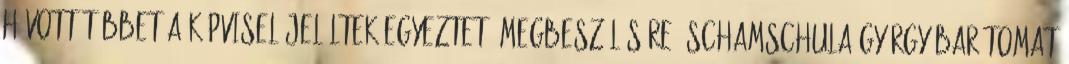
hívott többet a képviselőjelöltek egyeztető megbeszélésé­re. Schamschula György barátomat